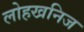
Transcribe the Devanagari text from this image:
लोहखनिज